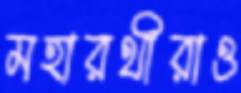
মহারথীরাও